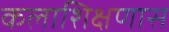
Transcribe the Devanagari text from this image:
कलाशिक्षणास